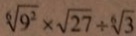
\sqrt [ 6 ] { 9 ^ { 2 } } \times \sqrt { 2 7 } \div \sqrt [ 6 ] { 3 }